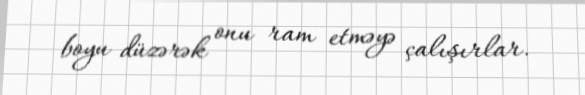
boyu düzərək onu ram etməyə çalışırlar.